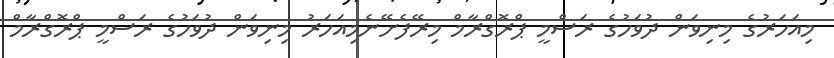
މިއަހަރުގެ މިނިވަން ދުވަހުގެ ރަސްމީ ޕްރޮގްރާމް މިރޭފެށޭނެމިއަހަރު މިނިވަން ދުވަހުގެ ރަސްމީ ޕްރޮގްރާމް